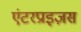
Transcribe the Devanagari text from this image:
एंटरप्राइज़स